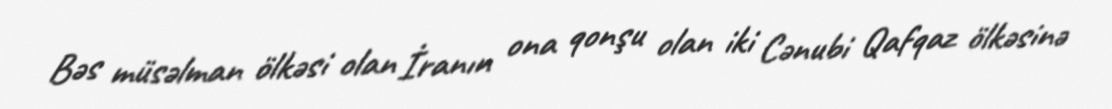
Bəs müsəlman ölkəsi olan İranın ona qonşu olan iki Cənubi Qafqaz ölkəsinə